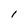
Character: l